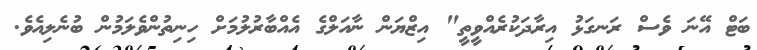
ބަޓް އޭނަ ވެސް ރަނގަޅު އިރާދަކުރެއްވީތީ" އިޒްޔަން ނާއަލްގެ އެއްބާރުލުމަށް ހިނިތުންވެލަމުން ބުނެލިއެވެ.